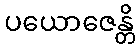
ပယောဇေန္တိ